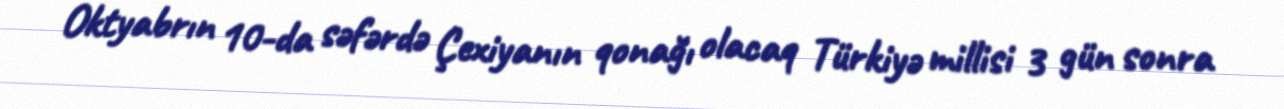
Oktyabrın 10-da səfərdə Çexiyanın qonağı olacaq Türkiyə millisi 3 gün sonra